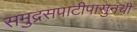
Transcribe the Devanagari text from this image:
समुद्रसपाटीपासुनची